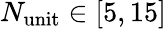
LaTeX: N_{\mathrm{unit}}\in[5,15]